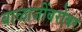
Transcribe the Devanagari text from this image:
बाळाजींबरोबर